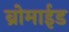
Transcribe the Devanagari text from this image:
ब्रोमाईड